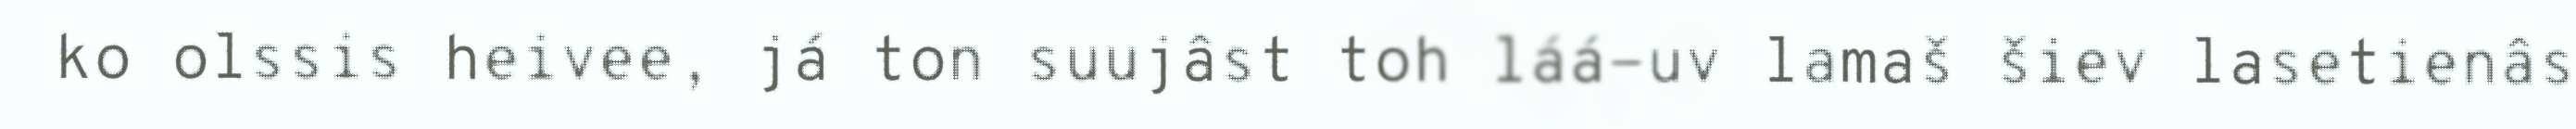
ko olssis heivee, já ton suujâst toh láá-uv lamaš šiev lasetienâs